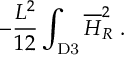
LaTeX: - { \frac { L ^ { 2 } } { 1 2 } } \int _ { \mathrm { D 3 } } { \overline { { H } } } _ { R } ^ { 2 } ~ .